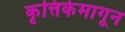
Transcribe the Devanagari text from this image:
कृत्तिकेमागून